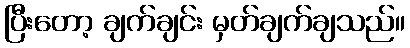
ပြီးတော့ ချက်ချင်း မှတ်ချက်ချသည်။